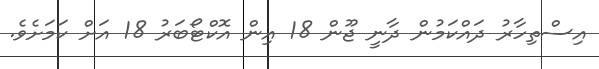
އިސްތިހާރު ދައްކަމުން ދާނީ ޖޫން 18 އިން އޮކްޓޯބަރު 18 އަށް ކަމަށެވެ.